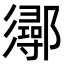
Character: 𨟈